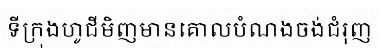
ទីក្រុងហូជីមិញមានគោលបំណងចង់ជំរុញ